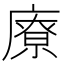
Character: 𱝊